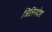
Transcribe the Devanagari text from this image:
त्रिलिंगदेश